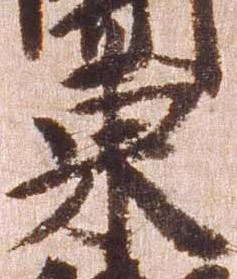
東